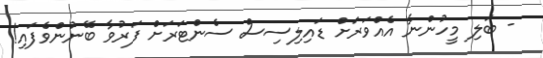
- ބަލި މީހުންނާ އެއްވަރަށް ޑައިލިސިސް ސެންޓަރަށް ފަރުވާ ބޭނުންވެފައި!